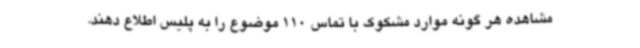
مشاهده هر گونه موارد مشکوک با تماس 110 موضوع را به پلیس اطلاع دهند.